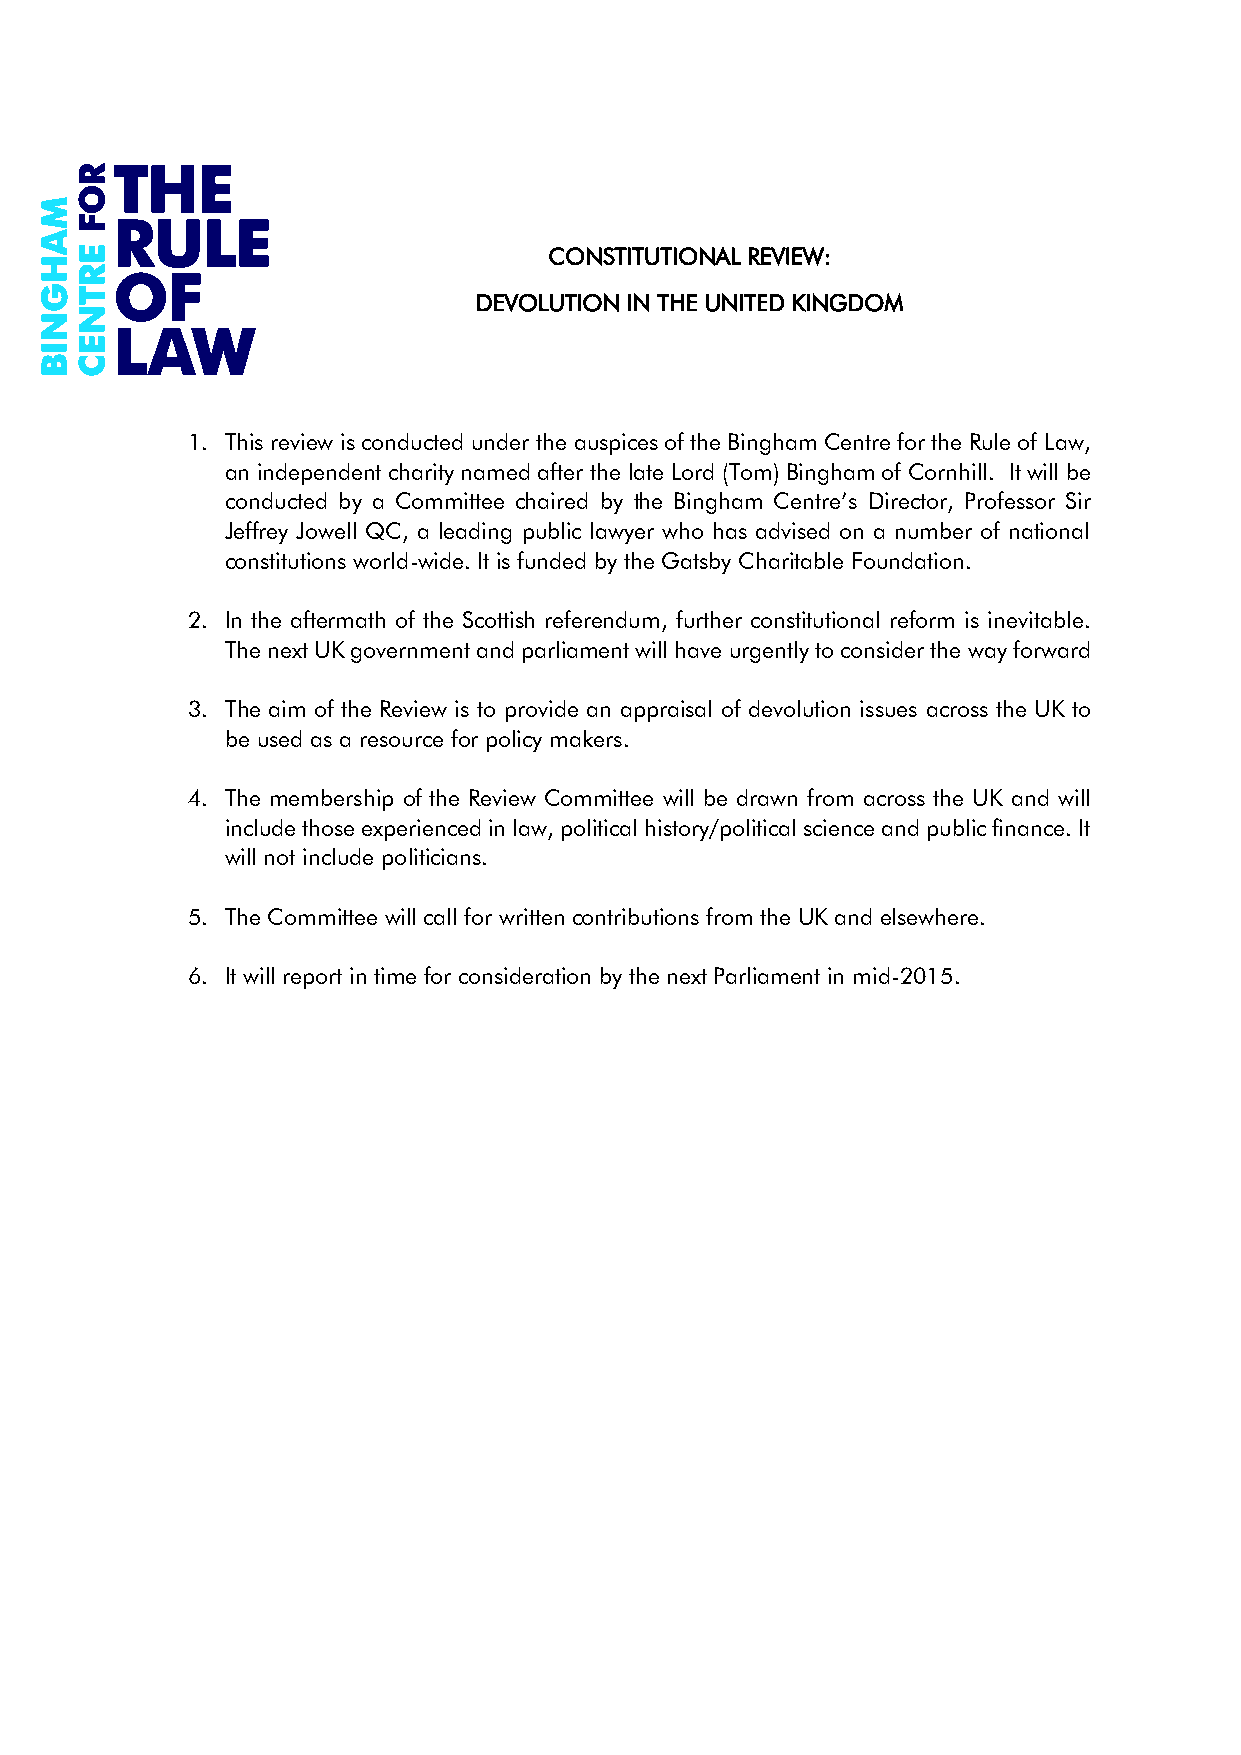
CONSTITUTIONAL REVIEW:
 DEVOLUTION IN THE UNITED KINGDOM
 1. This review is conducted under the auspices of the Bingham Centre for the Rule of Law,
 an independent charity named after the late Lord (Tom) Bingham of Cornhill. It will be
 conducted by a Committee chaired by the Bingham Centre’s Director, Professor Sir
 Jeffrey Jowell QC, a leading public lawyer who has advised on a number of national
 constitutions world-wide. It is funded by the Gatsby Charitable Foundation.
 2. In the aftermath of the Scottish referendum, further constitutional reform is inevitable.
 The next UK government and parliament will have urgently to consider the way forward
 3. The aim of the Review is to provide an appraisal of devolution issues across the UK to
 be used as a resource for policy makers.
 4. The membership of the Review Committee will be drawn from across the UK and will
 include those experienced in law, political history/political science and public finance. It
 will not include politicians.
 5. The Committee will call for written contributions from the UK and elsewhere.
 6. It will report in time for consideration by the next Parliament in mid-2015.